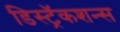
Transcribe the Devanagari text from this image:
डिस्ट्रॅकशन्स